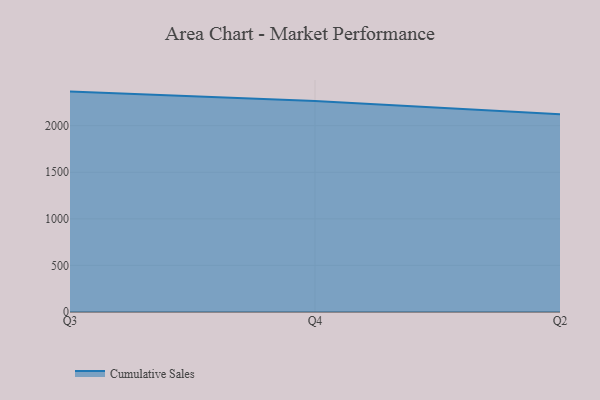
{"axis": {"x": "Quarter", "y": "Customer Acquisition Cost (USD)"}, "legend": ["Cumulative Sales"], "data": [{"x": "Q3", "y": 2366.0, "type": "Cumulative Sales"}, {"x": "Q4", "y": 2266.4, "type": "Cumulative Sales"}, {"x": "Q2", "y": 2122.6, "type": "Cumulative Sales"}]}